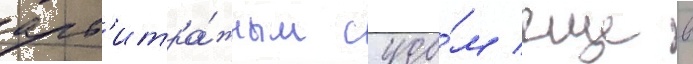
арб'итра́жным судо́м еще в